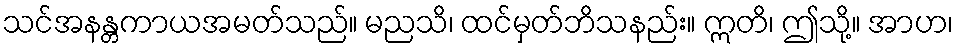
သင်အနန္တကာယအမတ်သည်။ မညသိ၊ ထင်မှတ်ဘိသနည်း။ ဣတိ၊ ဤသို့။ အာဟ၊